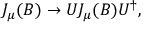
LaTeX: J _ { \mu } ( B ) \rightarrow U J _ { \mu } ( B ) U ^ { \dagger } ,